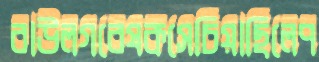
বাউলগবেষকসেচিয়াছিলেপ